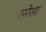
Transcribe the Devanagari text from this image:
सरेसी